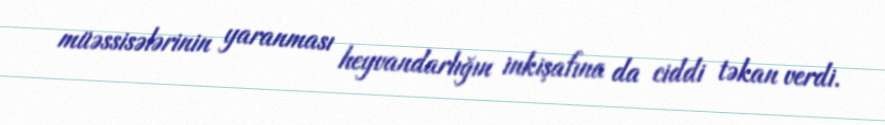
müəssisələrinin yaranması heyvandarlığın inkişafına da ciddi təkan verdi.